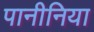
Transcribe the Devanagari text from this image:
पानीनिया